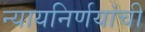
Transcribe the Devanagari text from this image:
न्यायनिर्णयांची